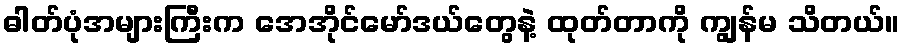
ဓါတ်ပုံအများကြီးက အေအိုင်မော်ဒယ်တွေနဲ့ ထုတ်တာကို ကျွန်မ သိတယ်။